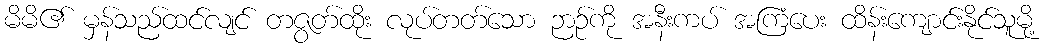
မိမိ၏ မှန်သည်ထင်လျင် တဇွတ်ထိုး လုပ်တတ်သော ဉာဉ်ကို အနီးကပ် အကြံပေး ထိန်းကျောင်းနိုင်သူမို့